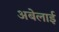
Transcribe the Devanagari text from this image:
अबेलाई